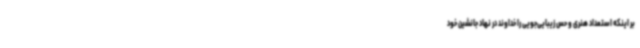
بر اینکه استعداد هنری و حس زیبایی‌جویی را خداوند در نهاد جانشین خود